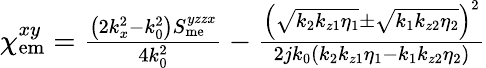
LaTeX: \begin{array}{r}{\chi_{\mathrm{em}}^{xy}=\frac{\left(2k_{x}^{2}-k_{0}^{2}\right)S_{\mathrm{me}}^{yzzx}}{4k_{0}^{2}}-\frac{\left(\sqrt{k_{2}k_{z1}\eta_{1}}\pm\sqrt{k_{1}k_{z2}\eta_{2}}\right)^{2}}{2jk_{0}\left(k_{2}k_{z1}\eta_{1}-k_{1}k_{z2}\eta_{2}\right)}}\end{array}